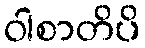
ဝါစာတိပိ